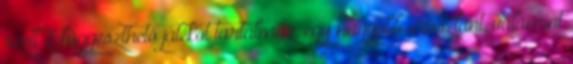
szett 3 függeszthető játékot tartalmaz, egy nagyobb oroszlánt, valamint